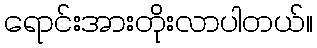
ရောင်းအားတိုးလာပါတယ်။